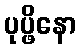
ပုပ္ဖိနော